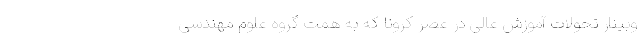
وبینار تحولات آموزش عالی در عصر کرونا که به همت گروه علوم مهندسی